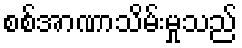
စစ်အာဏာသိမ်းမှုသည်